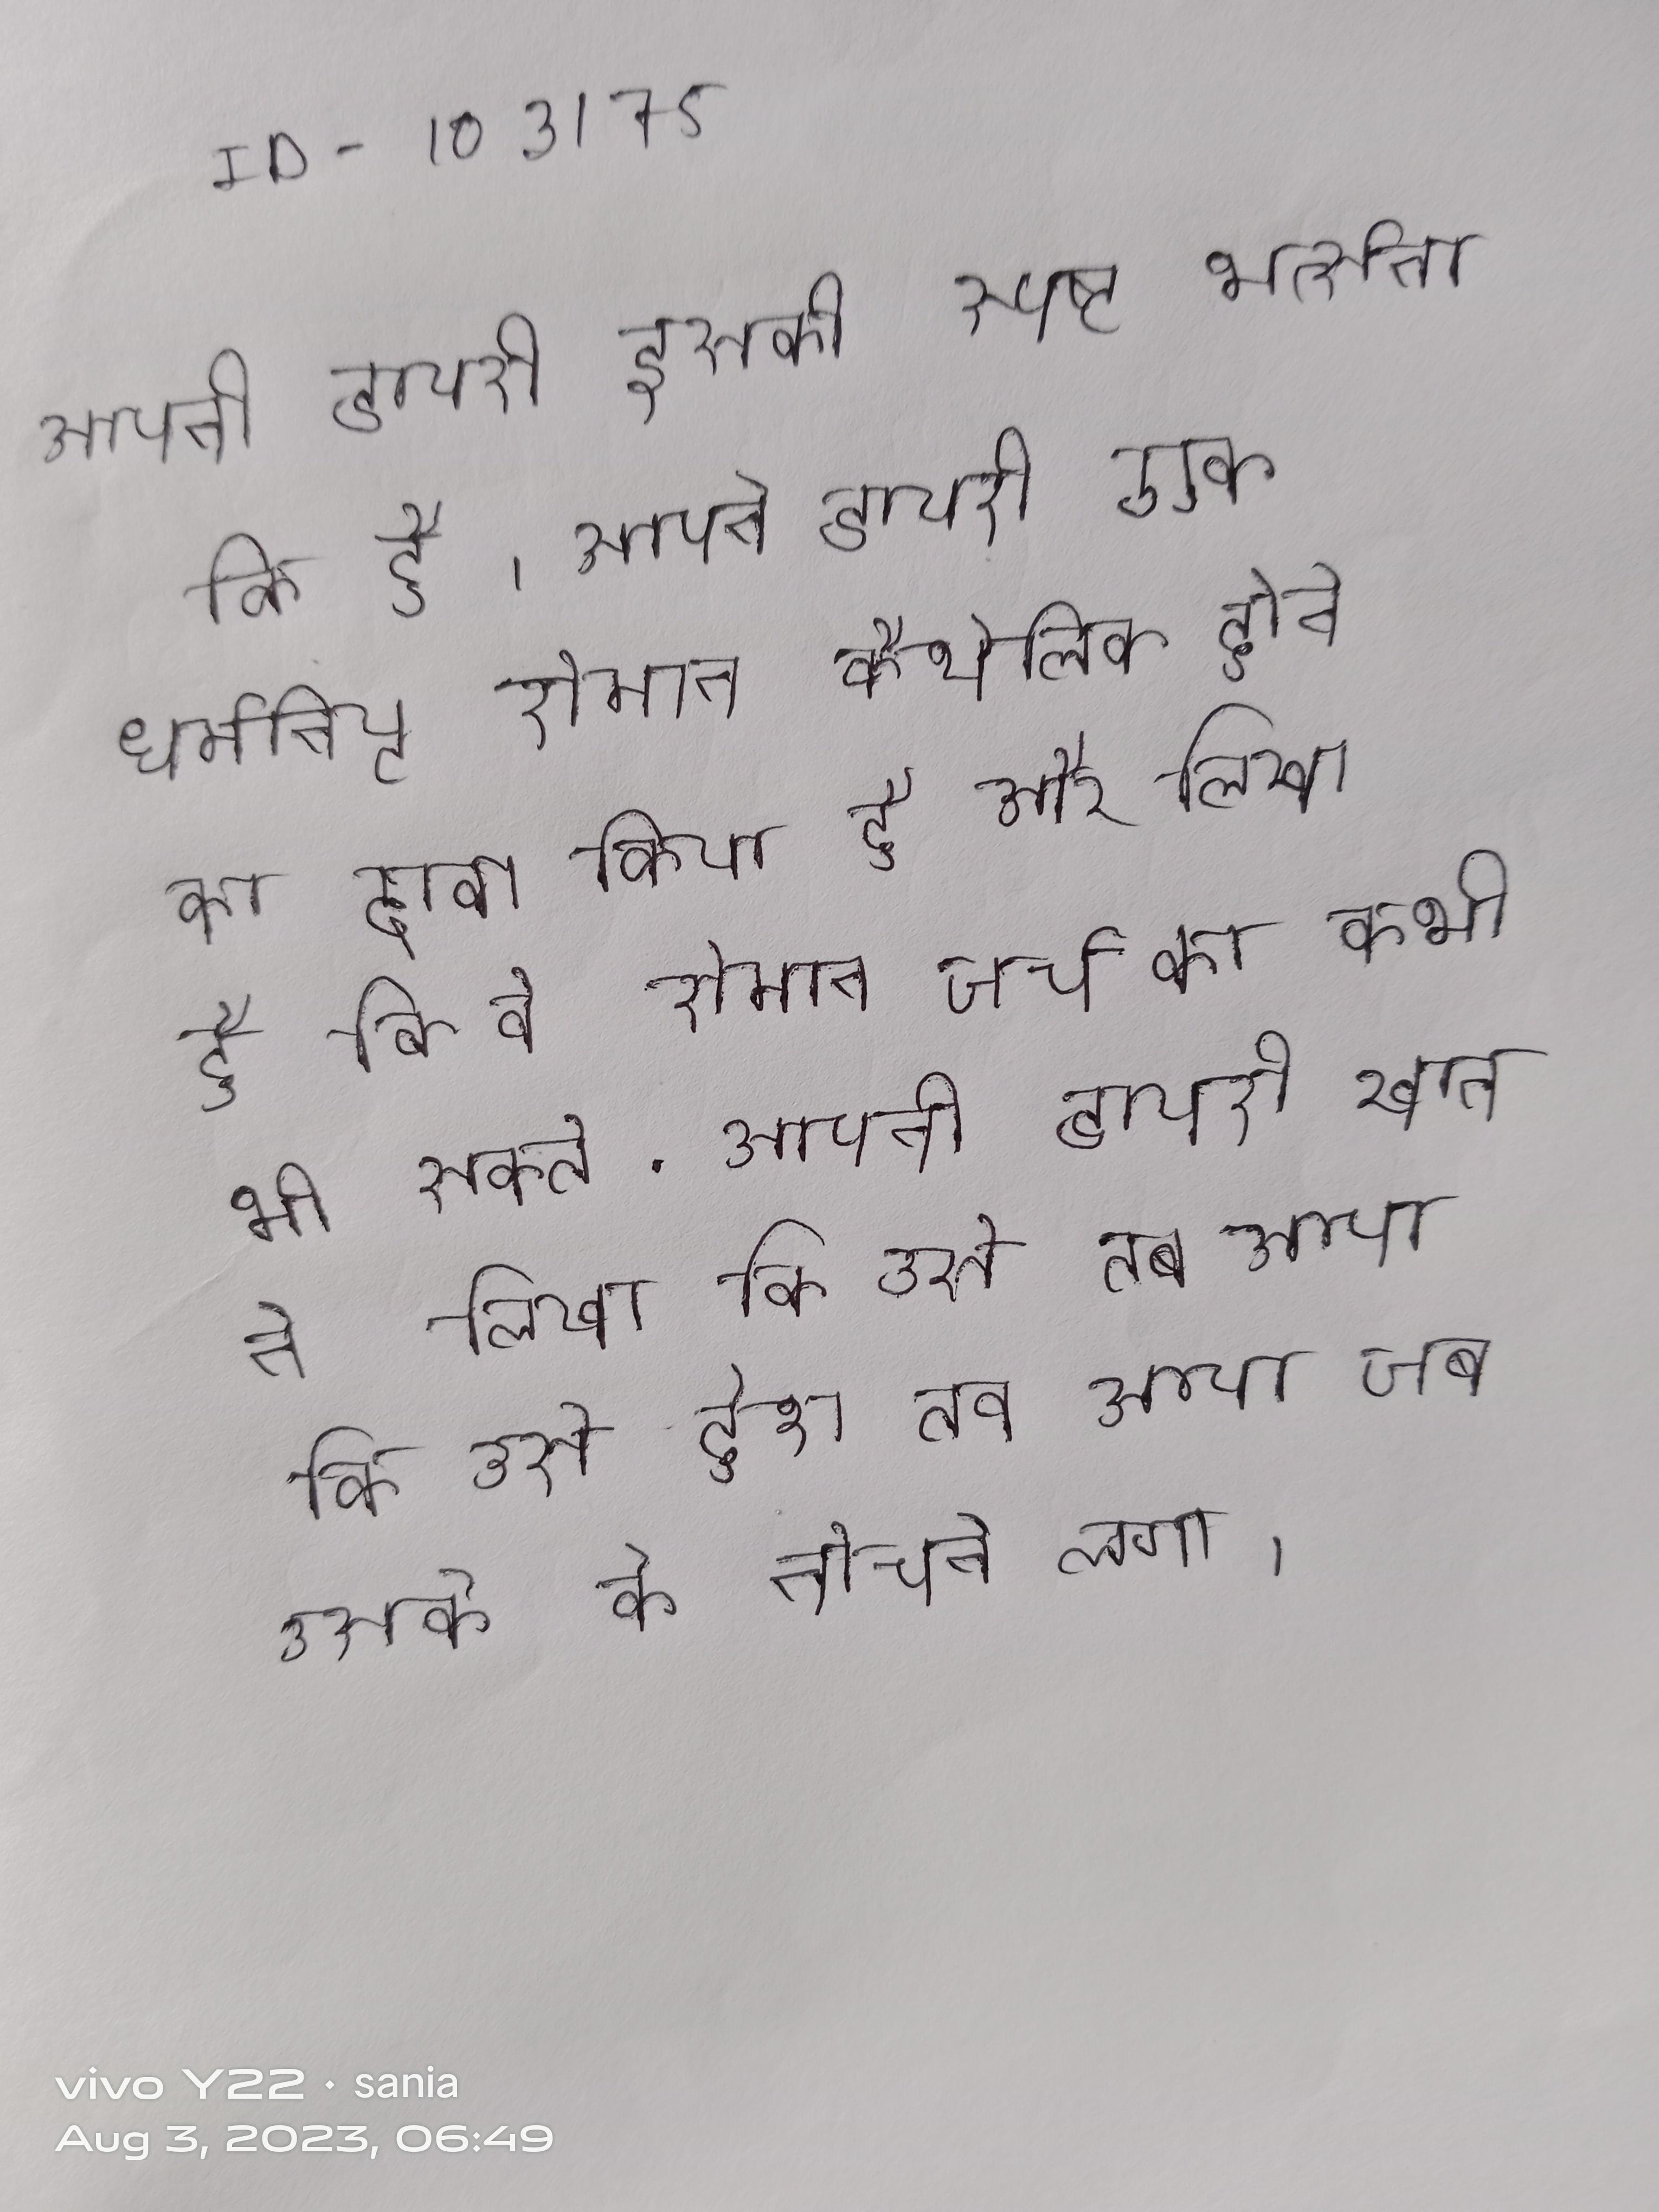
अपनी डायरी इसकी स्पष्ट भर्त्सना की है । अपनी डायरी एक धर्मनिष्ठ रोमन कैथोलिक होने का दावा किया है और लिखा है कि वे रोमन चर्च को कभी भी सकते . अपनी डायरी खान ने लिखा कि उसे होश तब आया जब उसके को नोचने लगा ।